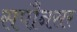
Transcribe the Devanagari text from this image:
सपौनसर